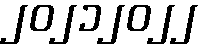
၂၀၂၁၂၀၂၂